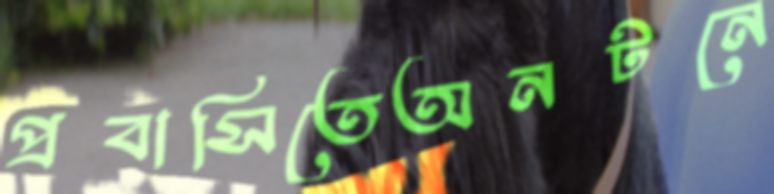
প্রবাসিতেঅনটনে